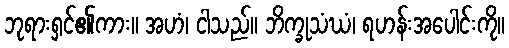
ဘုရားရှင်၏ကား။ အဟံ၊ ငါသည်။ ဘိက္ခုသံဃံ၊ ရဟန်းအပေါင်းကို။